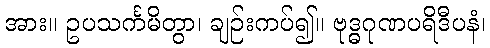
အား။ ဥပသင်္ကမိတွာ၊ ချဉ်းကပ်၍။ ဗုဒ္ဓဂုဏပရိဒီပနံ၊